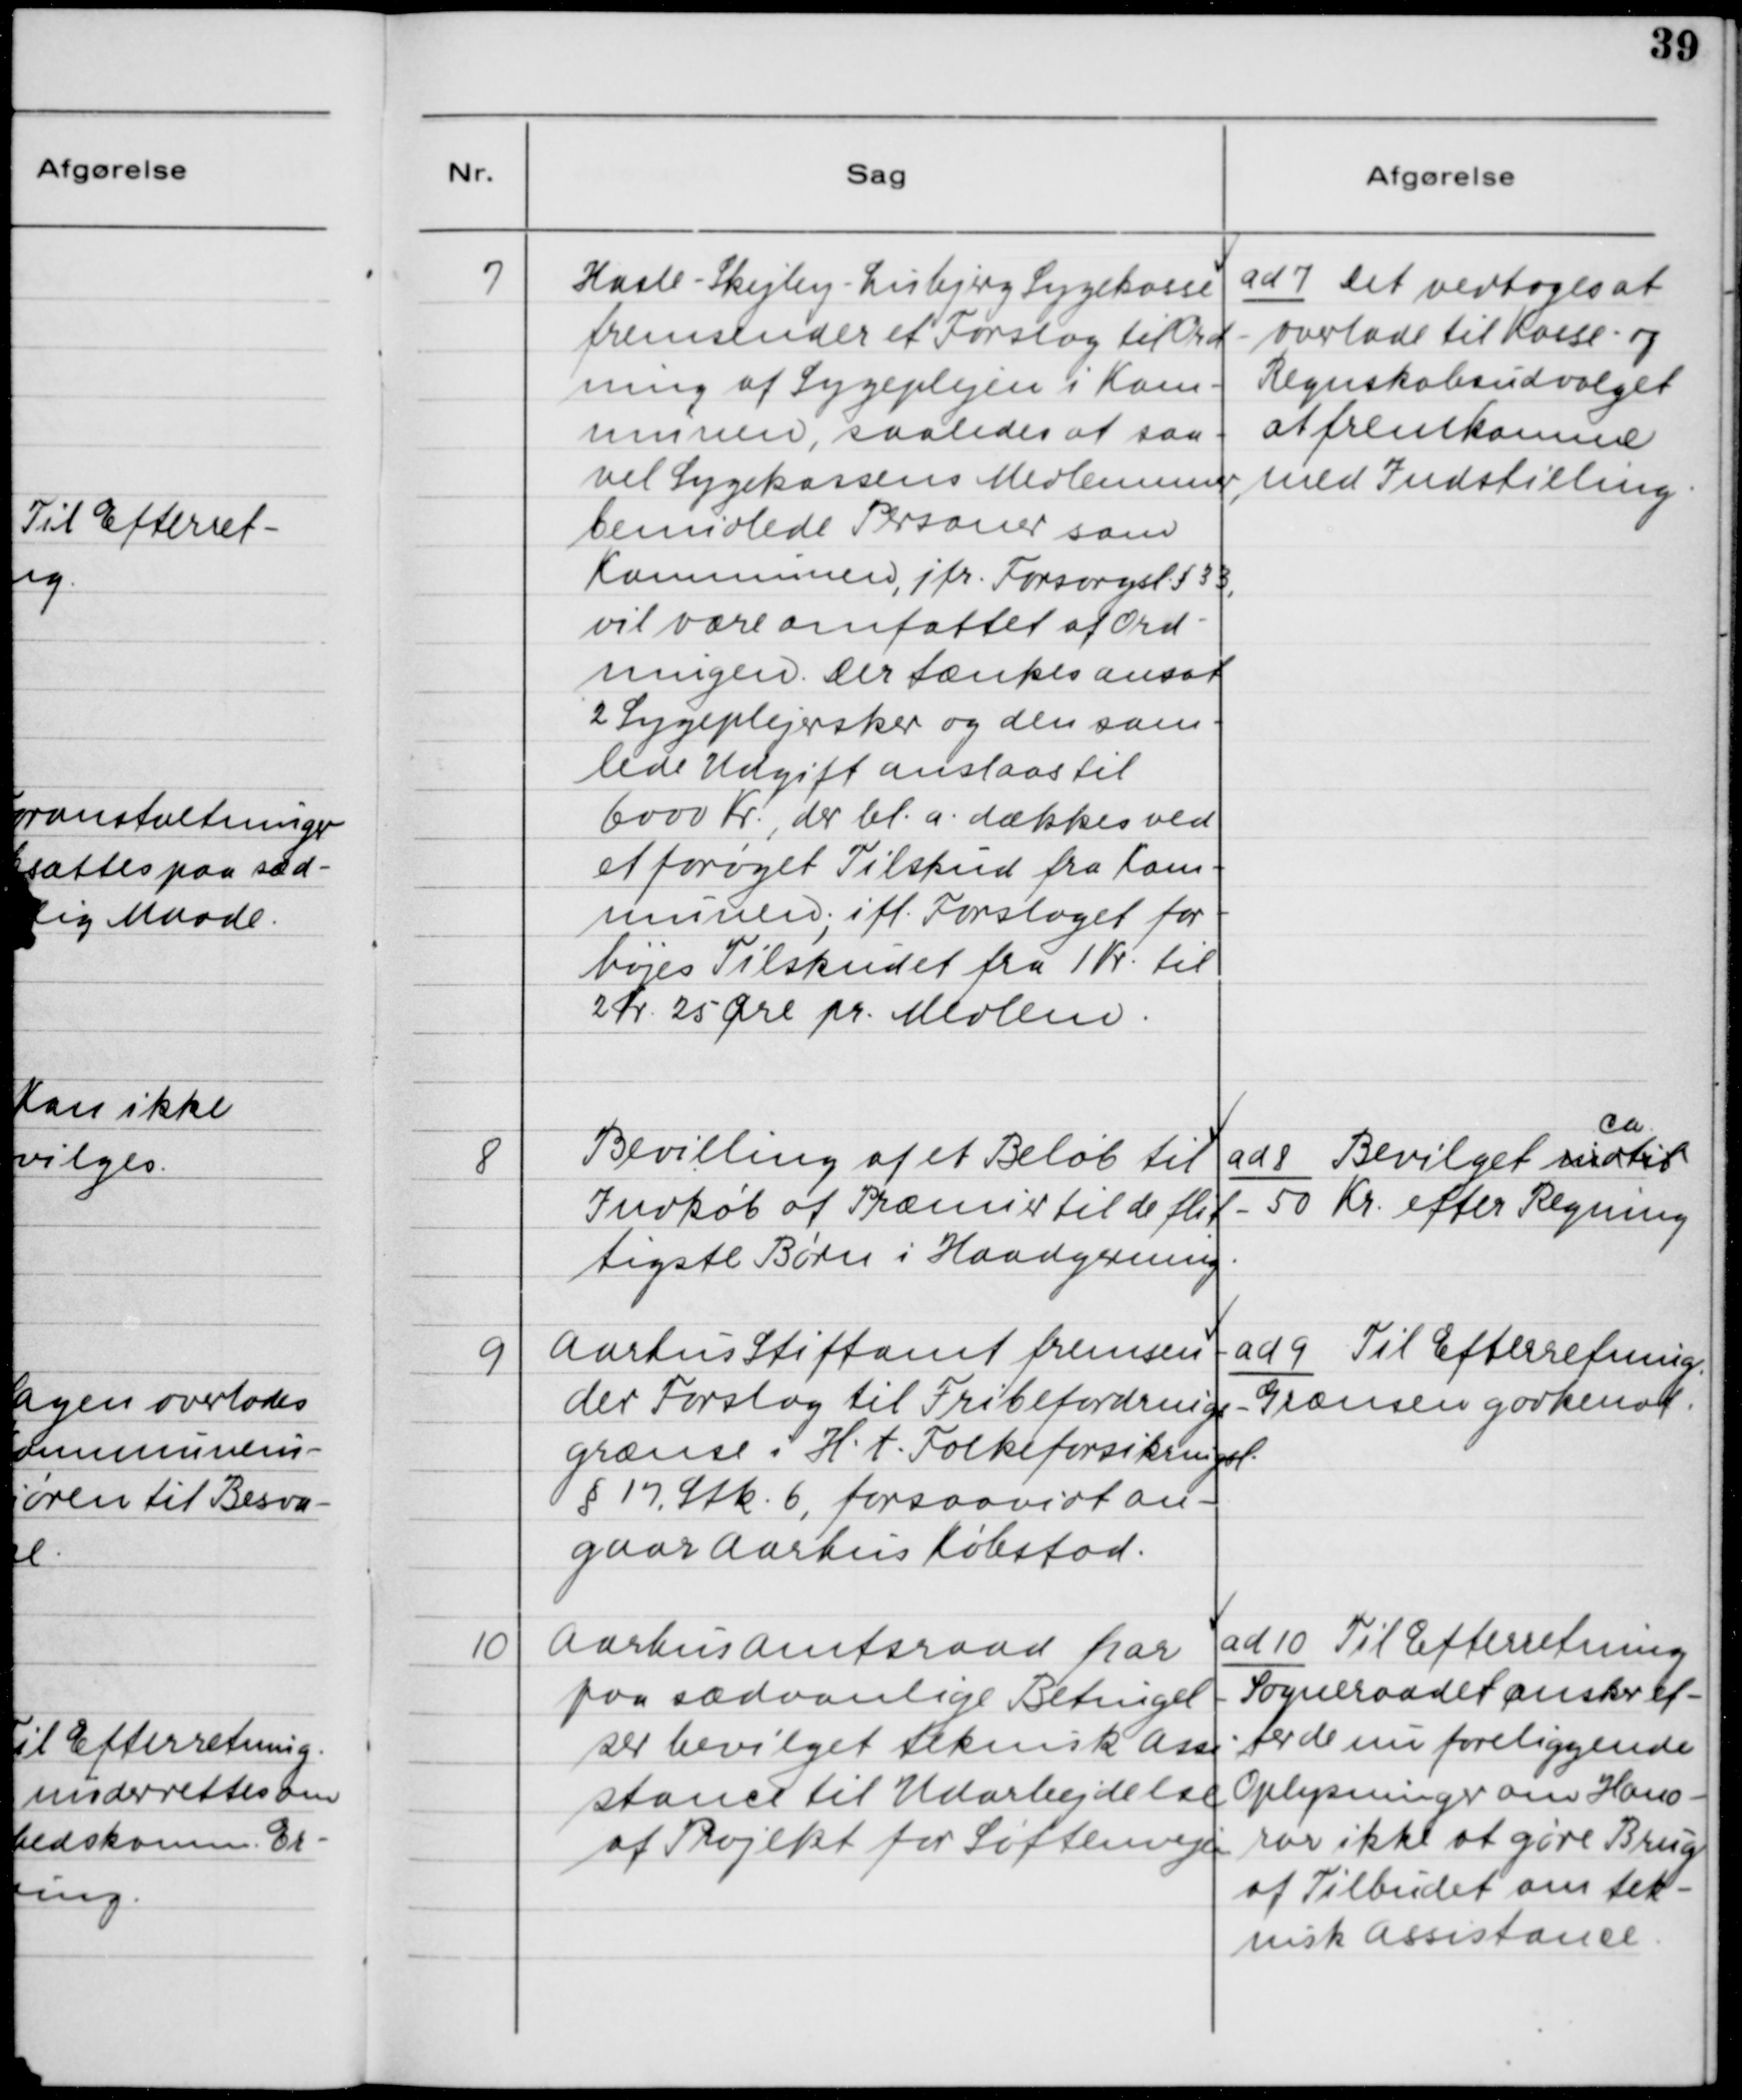
Transskription:
7. Hasle - Skejby - Lisbjerg Sygekasse
fremsender et Forslag til Ord-
ning af Sygeplejen i Kom-
munen, saaledes at saa-
vel Sygekassens Medlemmer,
bemidlede Personer som
Kommunen jvf. Forsorgsl. § 33,
vil være omfattet af Ord-
ningen. Der tænkes ansat
2 Sygeplejersker og den sam-
lede Udgift anslaaes til
6000 Kr., der bl. a. dækkes ved
et forøget Tilskud fra Kom-
munen; ift. Forslaget for-
højes Tilskudet fra 1 Kr. til
2 Kr. 25 Øre pr. Medlem.

ad 7. Det vedtoges at
overlade til Kasse- og
Regnskabsudvalget
at fremkomme
med Indstilling.

8. Bevilling af et Beløb til
Indkøb af Præmier til de flit-
tigste Børn i Haandgerning.

ad 8. Bevilget indtil Ca.
50 Kr. efter Regning.

9. Aarhus Stiftsamt fremsen-
der Forslag til Fribefordnings-
grænse i H.t. Folkeforsikringsl.
§ 17, Stk. 6, forsaavidt an-
gaar Aarhus Købstad.

ad 9. Til Efterretning.
Grænsen godkendt.

10. Aarhus Amtsraad har
paa sædvanlige Betingel-
ser bevilget teknisk Ass-
stance til Udarbejdelse
af Projekt for Søftenvejen.

ad 10. Til Efterretning.
Sogneraadet ønsker ef-
ter de nu foreliggende
Oplysninger om Hono-
rar ikke at gøre Brug
af Tilbudet om tek-
nisk Assistance.